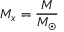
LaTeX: M _ { x } = { \frac { M } { M _ { \odot } } }